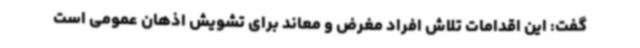
گفت: این اقدامات تلاش افراد مغرض و معاند برای تشویش اذهان عمومی است